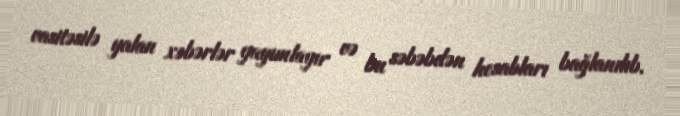
vasitəsilə yalan xəbərlər yayımlayır və bu səbəbdən hesabları bağlanılıb.